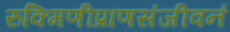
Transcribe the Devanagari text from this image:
रुक्मिणीप्राणसंजीवनं